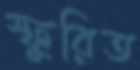
স্ফুরিত